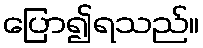
ပြော၍ရသည်။